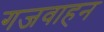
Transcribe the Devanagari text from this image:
गजवाहन